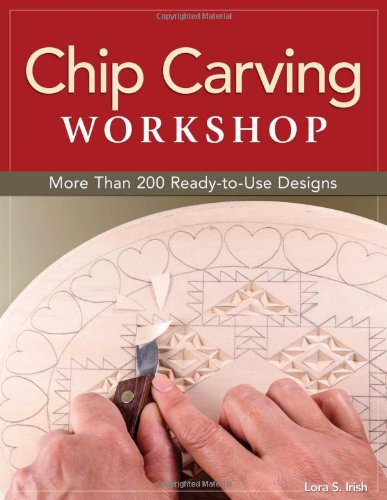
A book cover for Chip Carving Workshop: More Than 200 Ready-to-Use Designs; Lora Irish; Crafts, Hobbies & Home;